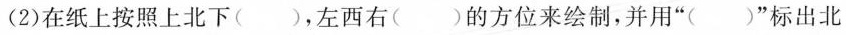
(2)在纸上按照上北下()，左西右()的方位来绘制，并用”()”标出北